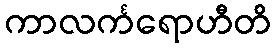
ကာလင်္ကရောဟီတိ